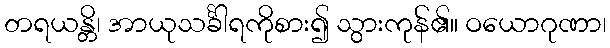
တရယန္တိ၊ အာယုသင်္ခါရကိုစား၍ သွားကုန်၏။ ဝယောဂုဏာ၊